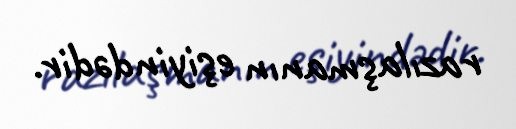
razılaşmanın eşiyindədir.